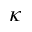
\kappa